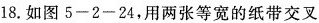
18.如图5-2-24，用两张等宽的纸带交叉